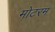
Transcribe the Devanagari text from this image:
मोटरम